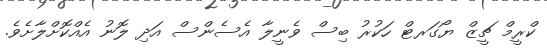
ކްރީމް ޗީޒް ޔޯގަރޓް ހަކުރު ބިސް ވެނީލާ އެސެންސް އަދި ލޮނު އެއްކޮށްލާށެވެ.